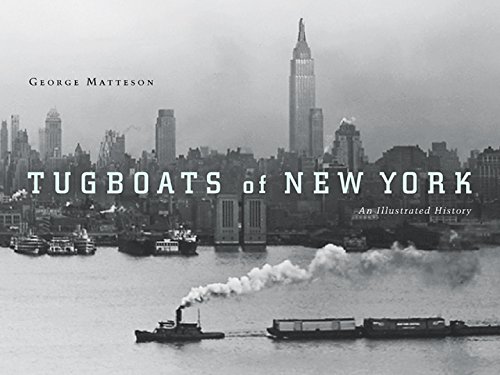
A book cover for Tugboats of New York: An Illustrated History; George Matteson; Arts & Photography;